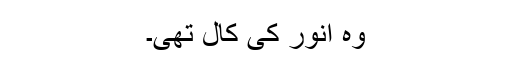
وہ انور کی کال تھی۔